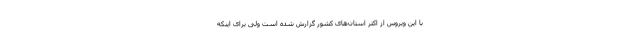
با این ویروس از اکثر استان‌های کشور گزارش شده است ولی برای اینکه